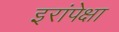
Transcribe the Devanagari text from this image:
इरांपेक्षा